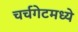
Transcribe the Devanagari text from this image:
चर्चगेटमध्ये